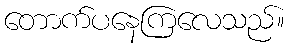
တောက်ပနေကြလေသည်။